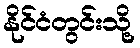
နိုင်ငံတွင်းသို့